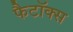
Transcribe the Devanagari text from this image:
फैटॉक्स